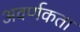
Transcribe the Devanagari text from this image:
अवर्णकता